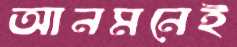
আনমনেই